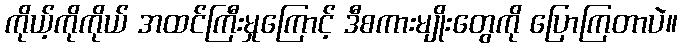
ကိုယ့်ကိုကိုယ် အထင်ကြီးမှုကြောင့် ဒီစကားမျိုးတွေကို ပြောကြတာပဲ။